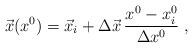
LaTeX: \begin{align*}\vec{x}(x^0)=\vec{x}_i+\Delta\vec{x}\,\frac{x^0-x^0_i}{\Delta x^0}\ ,\end{align*}